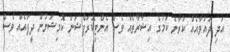
އަދި ދައުވާއެއް ކުރާނެ ކަމުގެ އިޝާރާތެއް ވެސް އެންޓިކޮރަޕްޝަން ކޮމިޝަނުން ދީފައެއް ވެސް